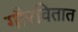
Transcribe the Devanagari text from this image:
गौरवितात